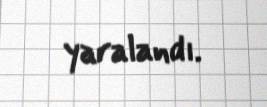
yaralandı.